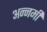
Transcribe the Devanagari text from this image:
अन्नमी